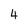
Character: 4